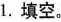
1。填空。